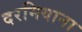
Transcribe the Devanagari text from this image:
दरमियाना